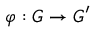
\varphi : G \to G ^ { \prime }